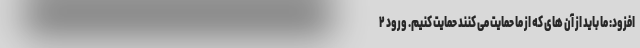
افزود: ما باید از آن های که از ما حمایت می کنند حمایت کنیم. ورود ۲